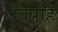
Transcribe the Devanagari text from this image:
विप्रहिं